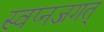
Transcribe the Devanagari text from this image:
स्वप्नजगत्‌